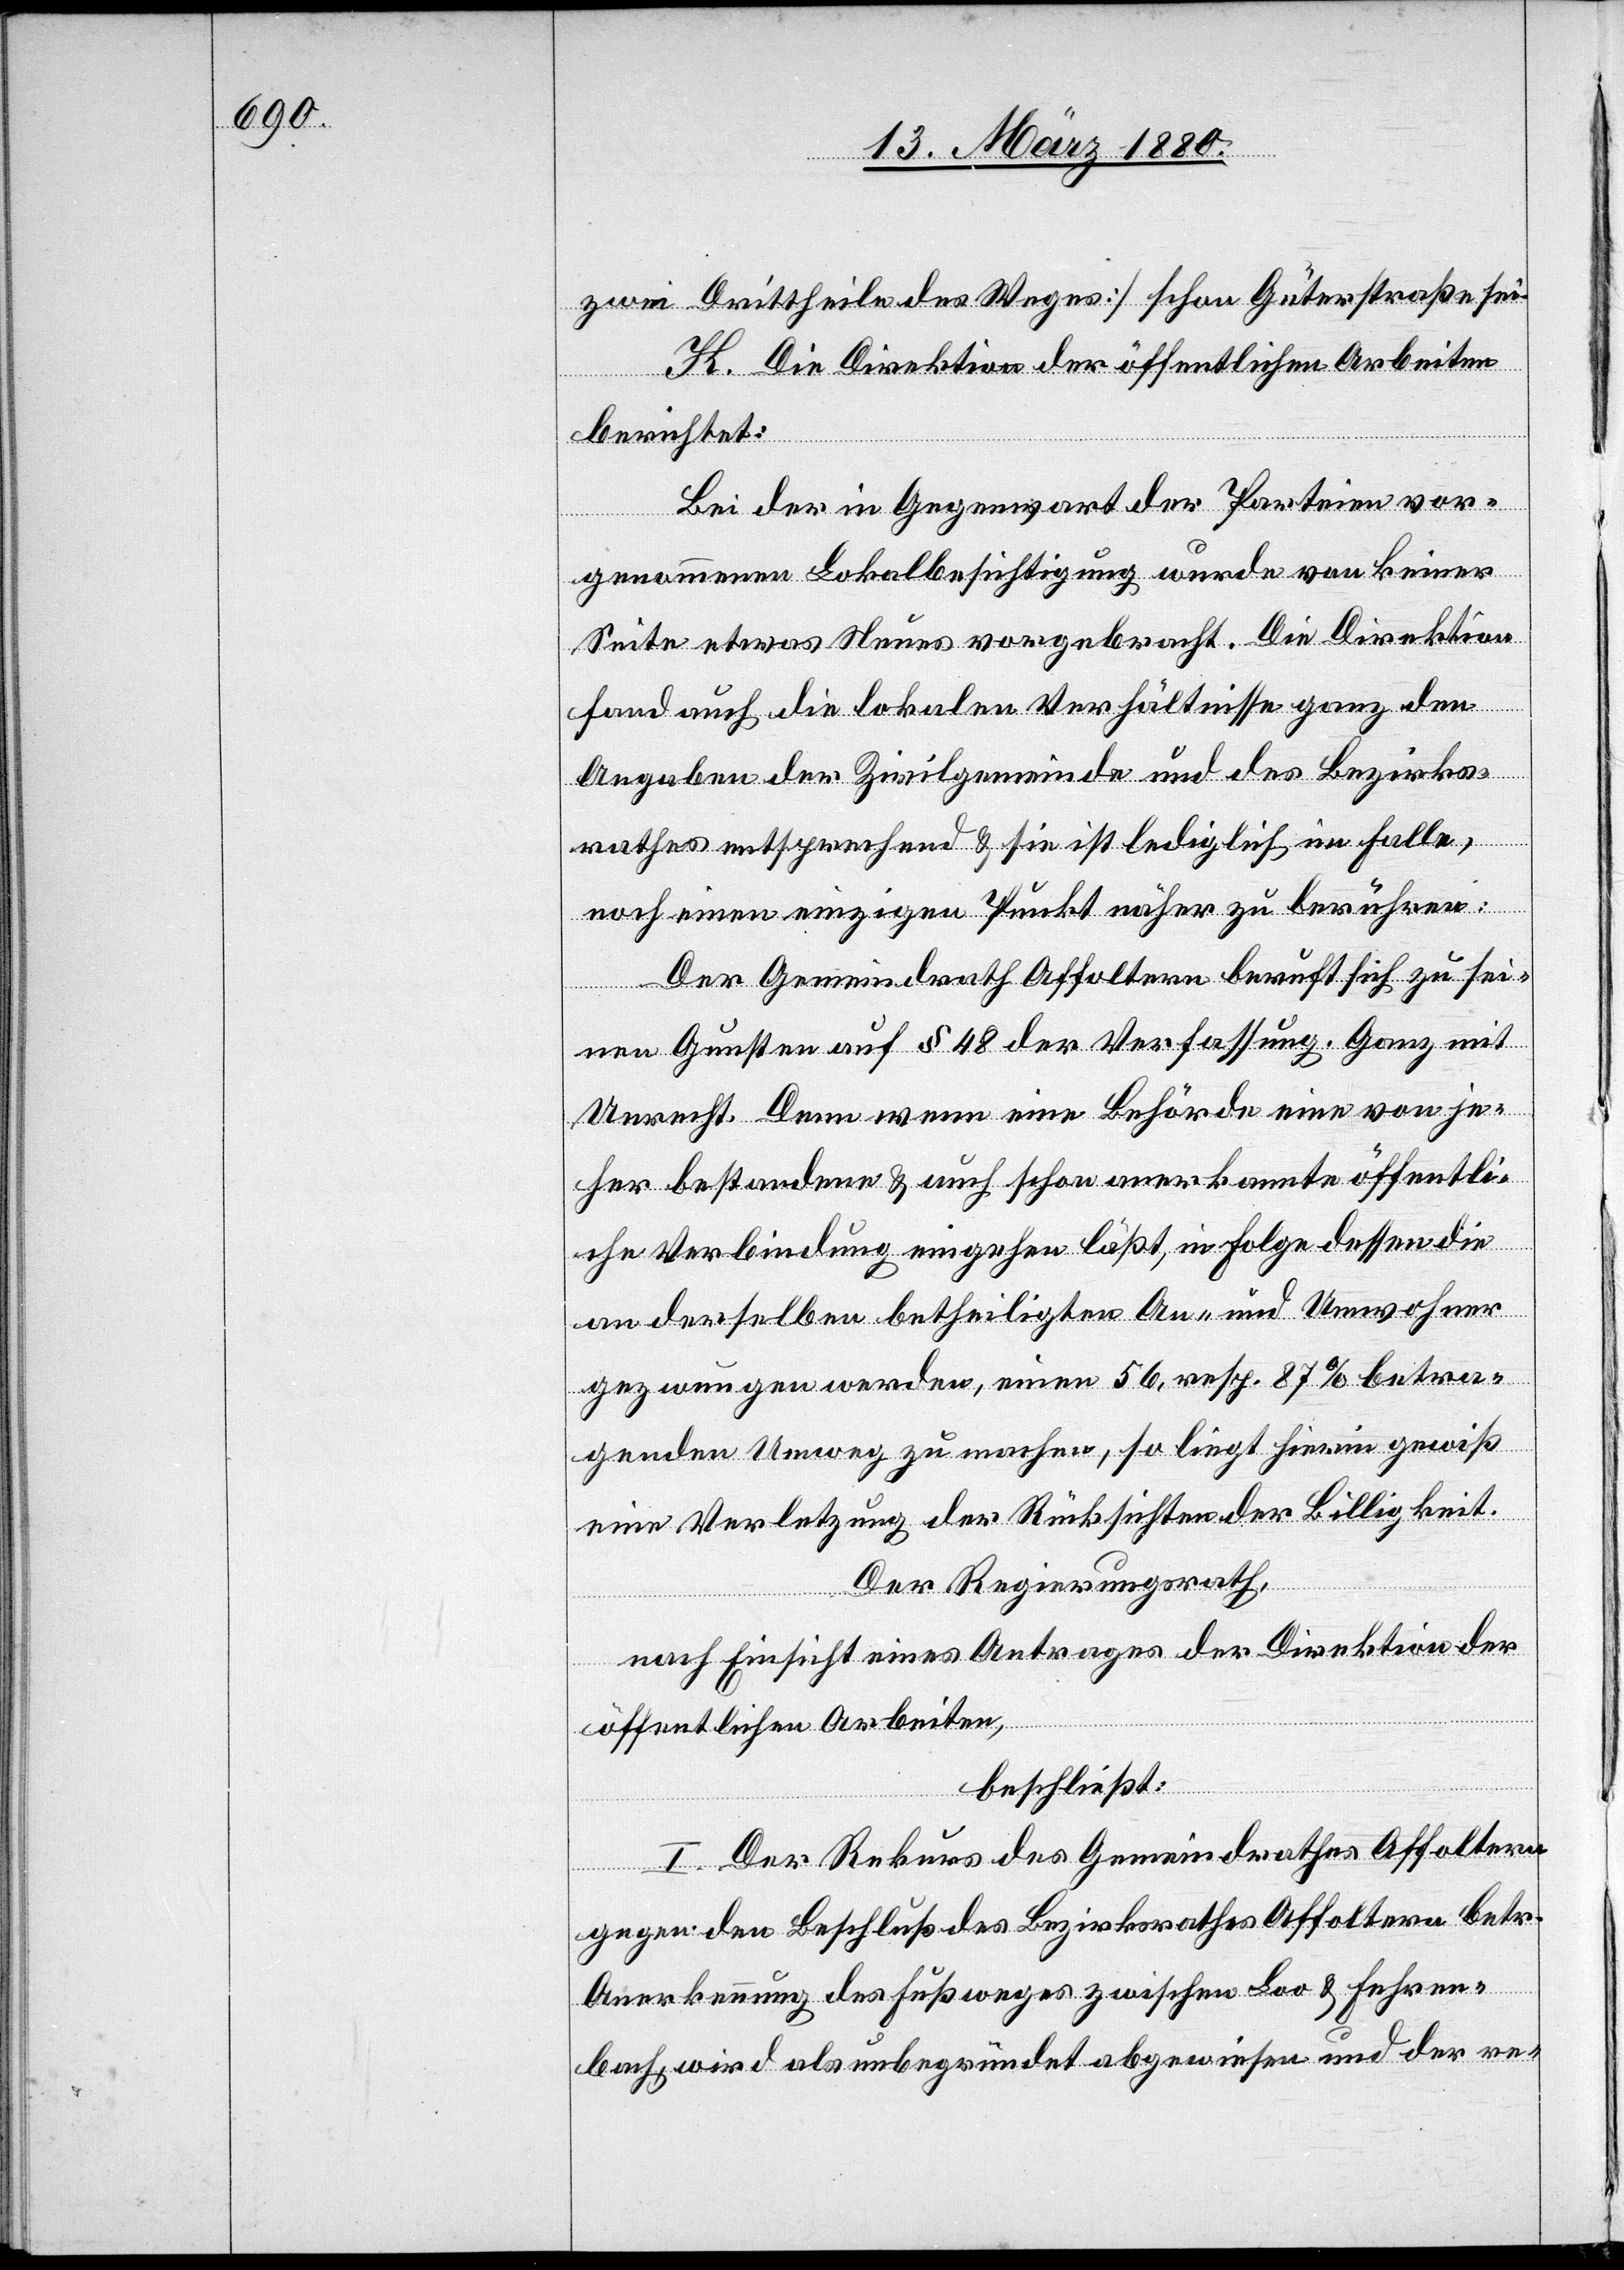
zwei Drittheile des Weges] schon Güterstraße sei.
K. Die Direktion der öffentlichen Arbeiten
berichtet:
Bei der in Gegenwart der Parteien vor¬
genommenen Lokalbesichtigung wurde von keiner
Seite etwas Neues vorgebracht. Die Direktion
fand auch die lokalen Verhältnisse ganz den
Angaben der Zivilgemeinde und des Bezirks¬
rathes entsprechend & sie ist lediglich im Falle,
noch einen einzigen Punkt näher zu berühren:
Der Gemeindrath Affoltern beruft sich zu sei¬
nen Gunsten auf § 48 der Verfassung. Ganz mit
Unrecht. Denn wenn eine Behörde eine von je¬
her bestandene & auch schon anerkannte öffentli¬
che Verbindung eingehen läßt, in Folge dessen die
an derselben betheiligten An- und Umwohner
gezwungen werden, einen 56, resp. 87 % betra¬
genden Umweg zu machen, so liegt hierin gewiß
eine Verletzung der Rücksichten der Billigkeit.
Der Regierungsrath;
nach Einsicht eines Antrages der Direktion der
öffentlichen Arbeiten,
beschließt:
I. Der Rekurs des Gemeindrathes Affoltern
gegen den Beschluß des Bezirksrathes Affoltern betr.
Anerkennung des Fußweges zwischen Loo & Fehren¬
bach wird als unbegründet abgewiesen und der re-